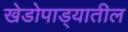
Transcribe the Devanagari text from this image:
खेडोपाड्यातील